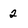
Character: 2